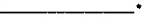
___.